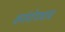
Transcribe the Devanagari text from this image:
कर्मयोगाचाच